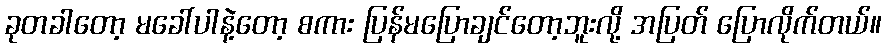
ခုတခါတော့ မခေါ်ပါနဲ့တော့ စကား ပြန်မပြောချင်တော့ဘူးလို့ အပြတ် ပြောလိုက်တယ်။